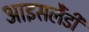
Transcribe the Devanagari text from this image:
आइसलैंडी